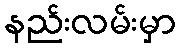
နည်းလမ်းမှာ